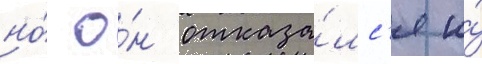
но́ о́н отказа́лс'я и́